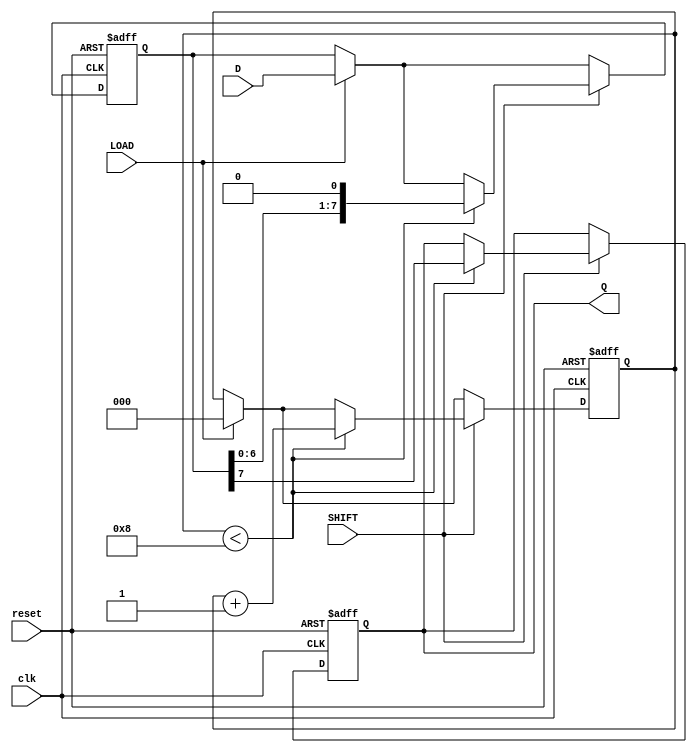
module TwoStagePISO (
    input wire clk,          // Clock signal
    input wire reset,        // Reset signal
    input wire LOAD,         // Load control signal
    input wire SHIFT,        // Shift control signal
    input wire [7:0] D,      // Parallel data input
    output reg Q            // Serial output
);

    // Internal registers for the two stages
    reg [7:0] input_reg;     // Input stage register
    reg [7:0] output_reg;    // Output stage register
    reg [2:0] shift_count;   // Counter to track the number of bits shifted out

    // Always block for loading data
    always @(posedge clk or posedge reset) begin
        if (reset) begin
            input_reg <= 8'b0;      // Clear input register
            output_reg <= 8'b0;     // Clear output register
            Q <= 1'b0;               // Clear output
            shift_count <= 3'b0;     // Reset shift count
        end else begin
            if (LOAD) begin
                input_reg <= D;       // Load parallel data into input register
                output_reg <= D;      // Initialize output register with input data
                shift_count <= 3'b0;   // Reset shift count
            end
            
            if (SHIFT) begin
                if (shift_count < 8) begin
                    Q <= output_reg[7]; // Shift out the MSB
                    output_reg <= {output_reg[6:0], 1'b0}; // Shift left
                    shift_count <= shift_count + 1; // Increment shift count
                end
            end
        end
    end

endmodule